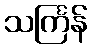
သင်္ကြန်